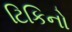
ટિકિનો